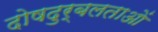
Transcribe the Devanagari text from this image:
दोषदुर्बलताओं